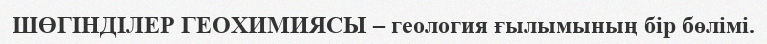
ШӨГІНДІЛЕР ГЕОХИМИЯСЫ – геология ғылымының бір бөлімі.